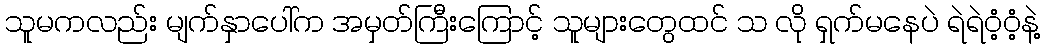
သူမကလည်း မျက်နှာပေါ်က အမှတ်ကြီးကြောင့် သူများတွေထင် သ လို ရှက်မနေပဲ ရဲရဲဝံ့ဝံ့နဲ့